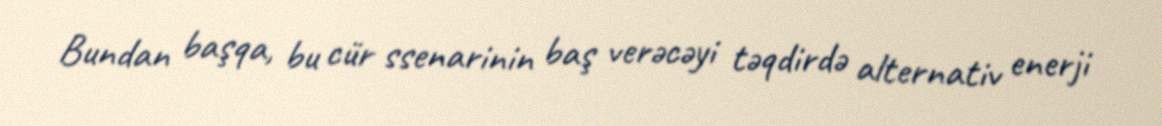
Bundan başqa, bu cür ssenarinin baş verəcəyi təqdirdə alternativ enerji